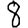
Digit: 8